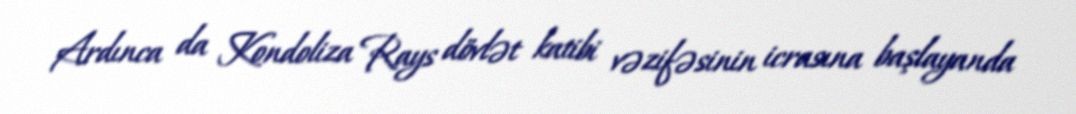
Ardınca da Kondoliza Rays dövlət katibi vəzifəsinin icrasına başlayanda